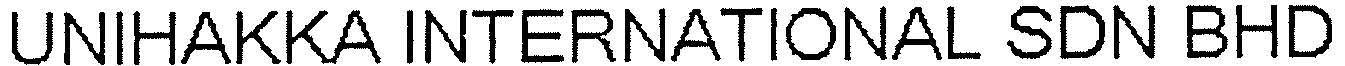
UNIHAKKA INTERNATIONAL SDN BHD